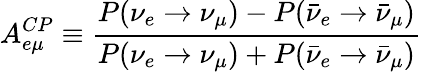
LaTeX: A_{e\mu}^{CP}\equiv\frac{P(\nu_{e}\rightarrow\nu_{\mu})-P(\bar{\nu}_{e}\rightarrow\bar{\nu}_{\mu})}{P(\nu_{e}\rightarrow\nu_{\mu})+P(\bar{\nu}_{e}\rightarrow\bar{\nu}_{\mu})}\,